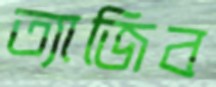
ত্যাজিব